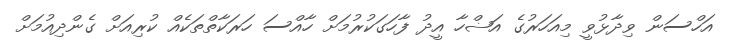
އަހްސަން ވިދާޅުވީ މިއަހަރުގެ އަޟްހާ އީދު ފާހަގަކުރުމަށް ހާއްސަ ހަރަކާތްތަކެއް ކުރިއަށް ގެންދިއުމަށް